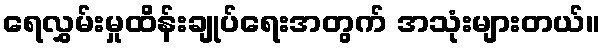
ရေလွှမ်းမှုထိန်းချုပ်ရေးအတွက် အသုံးများတယ်။